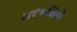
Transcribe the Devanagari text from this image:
सर्वभक्षियों